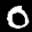
Label: 0